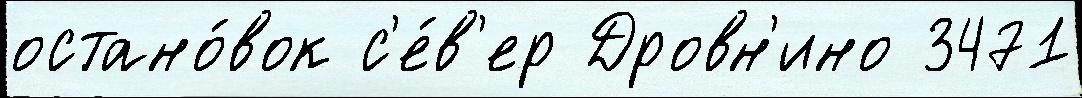
остано́вок с'е́в'ер Дровн'ино 3471